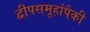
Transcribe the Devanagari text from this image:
द्वीपसमूहांपैकी